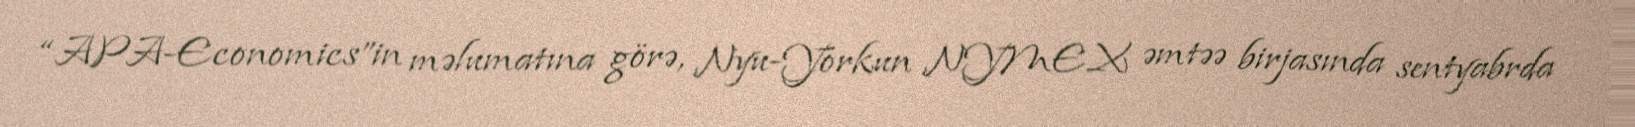
“APA-Economics”in məlumatına görə, Nyu-Yorkun NYMEX əmtəə birjasında sentyabrda